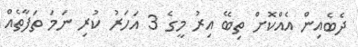
ދެބެއިން އެއްކޮށް ތިބޭ އިރު މީގެ 3 އަހަރު ކުރި ނަމަ ތަފާތެއް